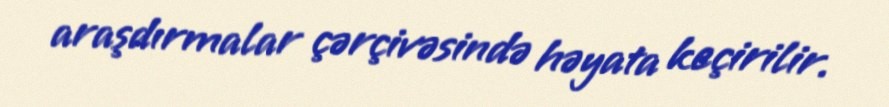
araşdırmalar çərçivəsində həyata keçirilir.